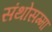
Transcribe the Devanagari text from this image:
संथोसम्मा